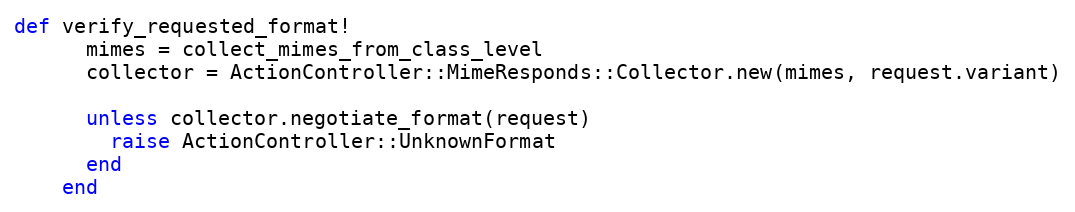
Language: Ruby
def verify_requested_format!
      mimes = collect_mimes_from_class_level
      collector = ActionController::MimeResponds::Collector.new(mimes, request.variant)

      unless collector.negotiate_format(request)
        raise ActionController::UnknownFormat
      end
    end